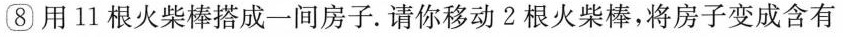
⑧用11根火柴棒搭成一间房子。请你移动2根火柴棒，将房子变成含有